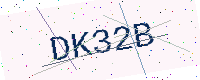
Text: DK32B